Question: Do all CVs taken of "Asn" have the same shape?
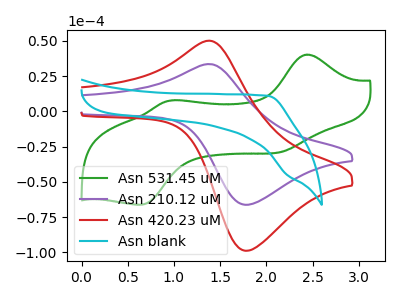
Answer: <think>The green curve "Asn 531.45 uM" has anodic peaks at (2.45V, 40.35uA) (1.00V, 7.95uA) and cathodic peaks at (2.20V, -28.40uA) (0.65V, -66.05uA). The purple curve "Asn 210.12 uM" has an anodic peak at (1.35V, 33.60uA) and a cathodic peak at (1.75V, -66.20uA). The red curve "Asn 420.23 uM" has an anodic peak at (1.35V, 50.10uA) and a cathodic peak at (1.75V, -98.80uA). The cyan curve "Asn blank" has no peaks.
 "Asn 531.45 uM" and "Asn 210.12 uM" have a different number of peaks. "Asn 531.45 uM" and "Asn 420.23 uM" have a different number of peaks. "Asn 531.45 uM" and "Asn blank" have a different number of peaks. All the peaks in "Asn 210.12 uM" have a peak in "Asn 420.23 uM" at the same potential. Every peak in "Asn 210.12 uM" is lower than every peak in "Asn 420.23 uM". "Asn 210.12 uM" and "Asn blank" have a different number of peaks. "Asn 420.23 uM" and "Asn blank" have a different number of peaks.</think>
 <answer>All the CV's of "Asn" have similar shape.</answer>
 <eval>follow_rule</eval>